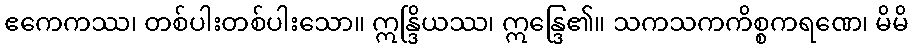
ဧကေကဿ၊ တစ်ပါးတစ်ပါးသော။ ဣန္ဒြိယဿ၊ ဣန္ဒြေ၏။ သကသကကိစ္စကရဏေ၊ မိမိ